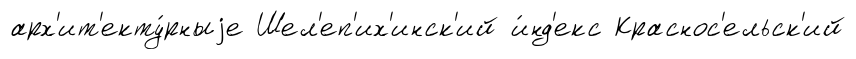
арх'ит'екту́рныjе Шел'еп'их'инск'ий и́нд'екс Краснос'ельск'ий